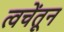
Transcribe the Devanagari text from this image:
त्वचेंतून